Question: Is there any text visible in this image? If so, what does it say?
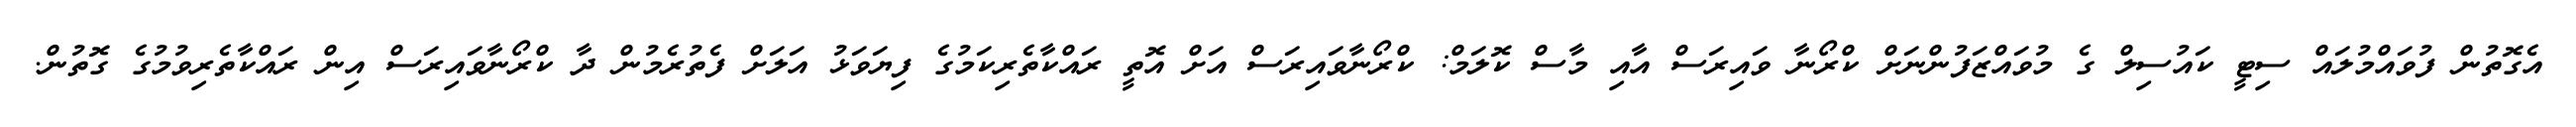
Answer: އެގޮތުން ފުވައްމުލައް ސިޓީ ކައުސިލް ގެ މުވައްޒަފުންނަށް ކްރޯނާ ވައިރަސް އާއި މާސް ކޮލަމް: ކްރޯނާވައިރަސް އަށް އޮތީ ރައްކާތެރިކަމުގެ ފިޔަވަޅު އަލަށް ފެތުރެމުން ދާ ކްރޯނާވައިރަސް އިން ރައްކާތެރިވުމުގެ ގޮތުން.